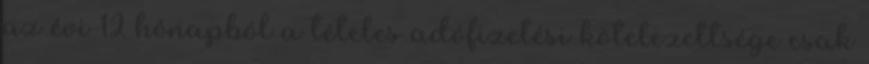
az évi 12 hónapból a tételes adófizetési kötelezettsége csak